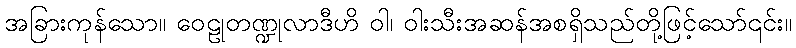
အခြားကုန်သော။ ဝေဠုတဏ္ဍုလာဒီဟိ ဝါ၊ ဝါးသီးအဆန်အစရှိသည်တို့ဖြင့်သော်၎င်း။